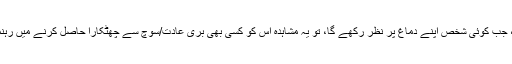
اس کے علاوہ، جب کوئی شخص اپنے دماغ پر نظر رکھے گا، تو یہ مشاہدہ اس کو کسی بھی بری عادت/سوچ سے چھٹکارا حاصل کرنے میں رہنمائی کرے گا ۔